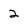
Character: 2